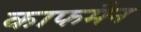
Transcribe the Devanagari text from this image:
काफमैन